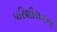
પરિશીલનના